Scottish Certificate of Education, 1962
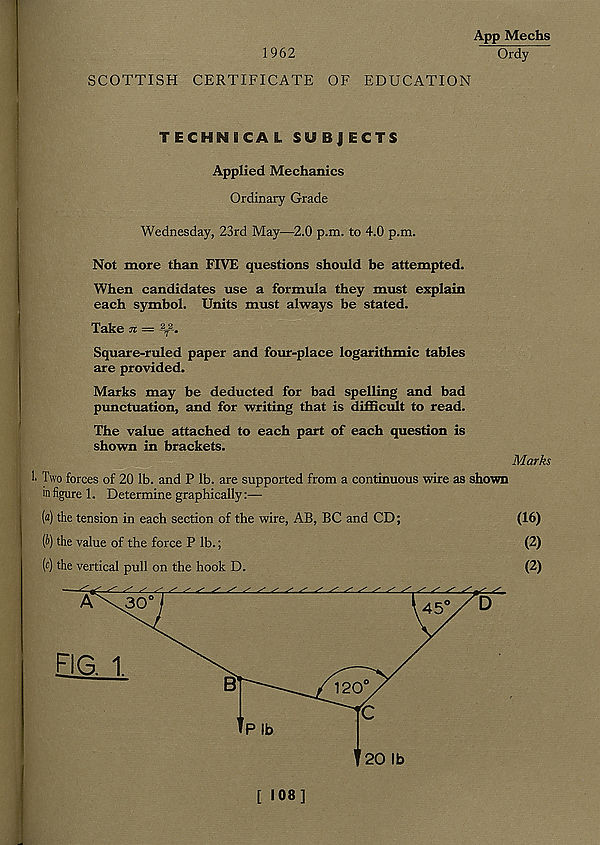
1962
App Mechs
Ordy
SCOTTISH CERTIFICATE OF EDUCATION
TECHNICAL SUBJECTS
Applied Mechanics
Ordinary Grade
Wednesday, 23rd May—2.0 p.m. to 4.0 p.m.
Not more than FIVE questions should be attempted.
When candidates use a formula they must explain
each symbol. Units must always be stated.
Take n — - 2
T
2 -.
Square-ruled paper and four-place logarithmic tables
are provided.
Marks may be deducted for bad spelling and bad
punctuation, and for writing that is difficult to read.
The value attached to each part of each question is
shown in brackets.
Marks
Two forces of 20 lb. and P lb. are supported from a continuous wire as shown
in figure 1. Determine graphically:—
(a) the tension in each section of the wire, AB, BC and CD;
(16)
(i) the value of the force P lb.;
(2)
[c) the vertical pull on the hook D.
(2)